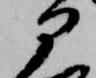
部